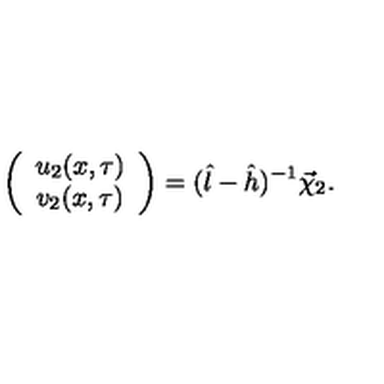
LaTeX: \left( \begin{array} { c } { u _ { 2 } ( x , \tau ) } \\ { v _ { 2 } ( x , \tau ) } \\ \end{array} \right) = ( \hat { l } - \hat { h } ) ^ { - 1 } \vec { \chi } _ { 2 } .